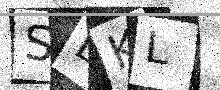
Text: SLKL